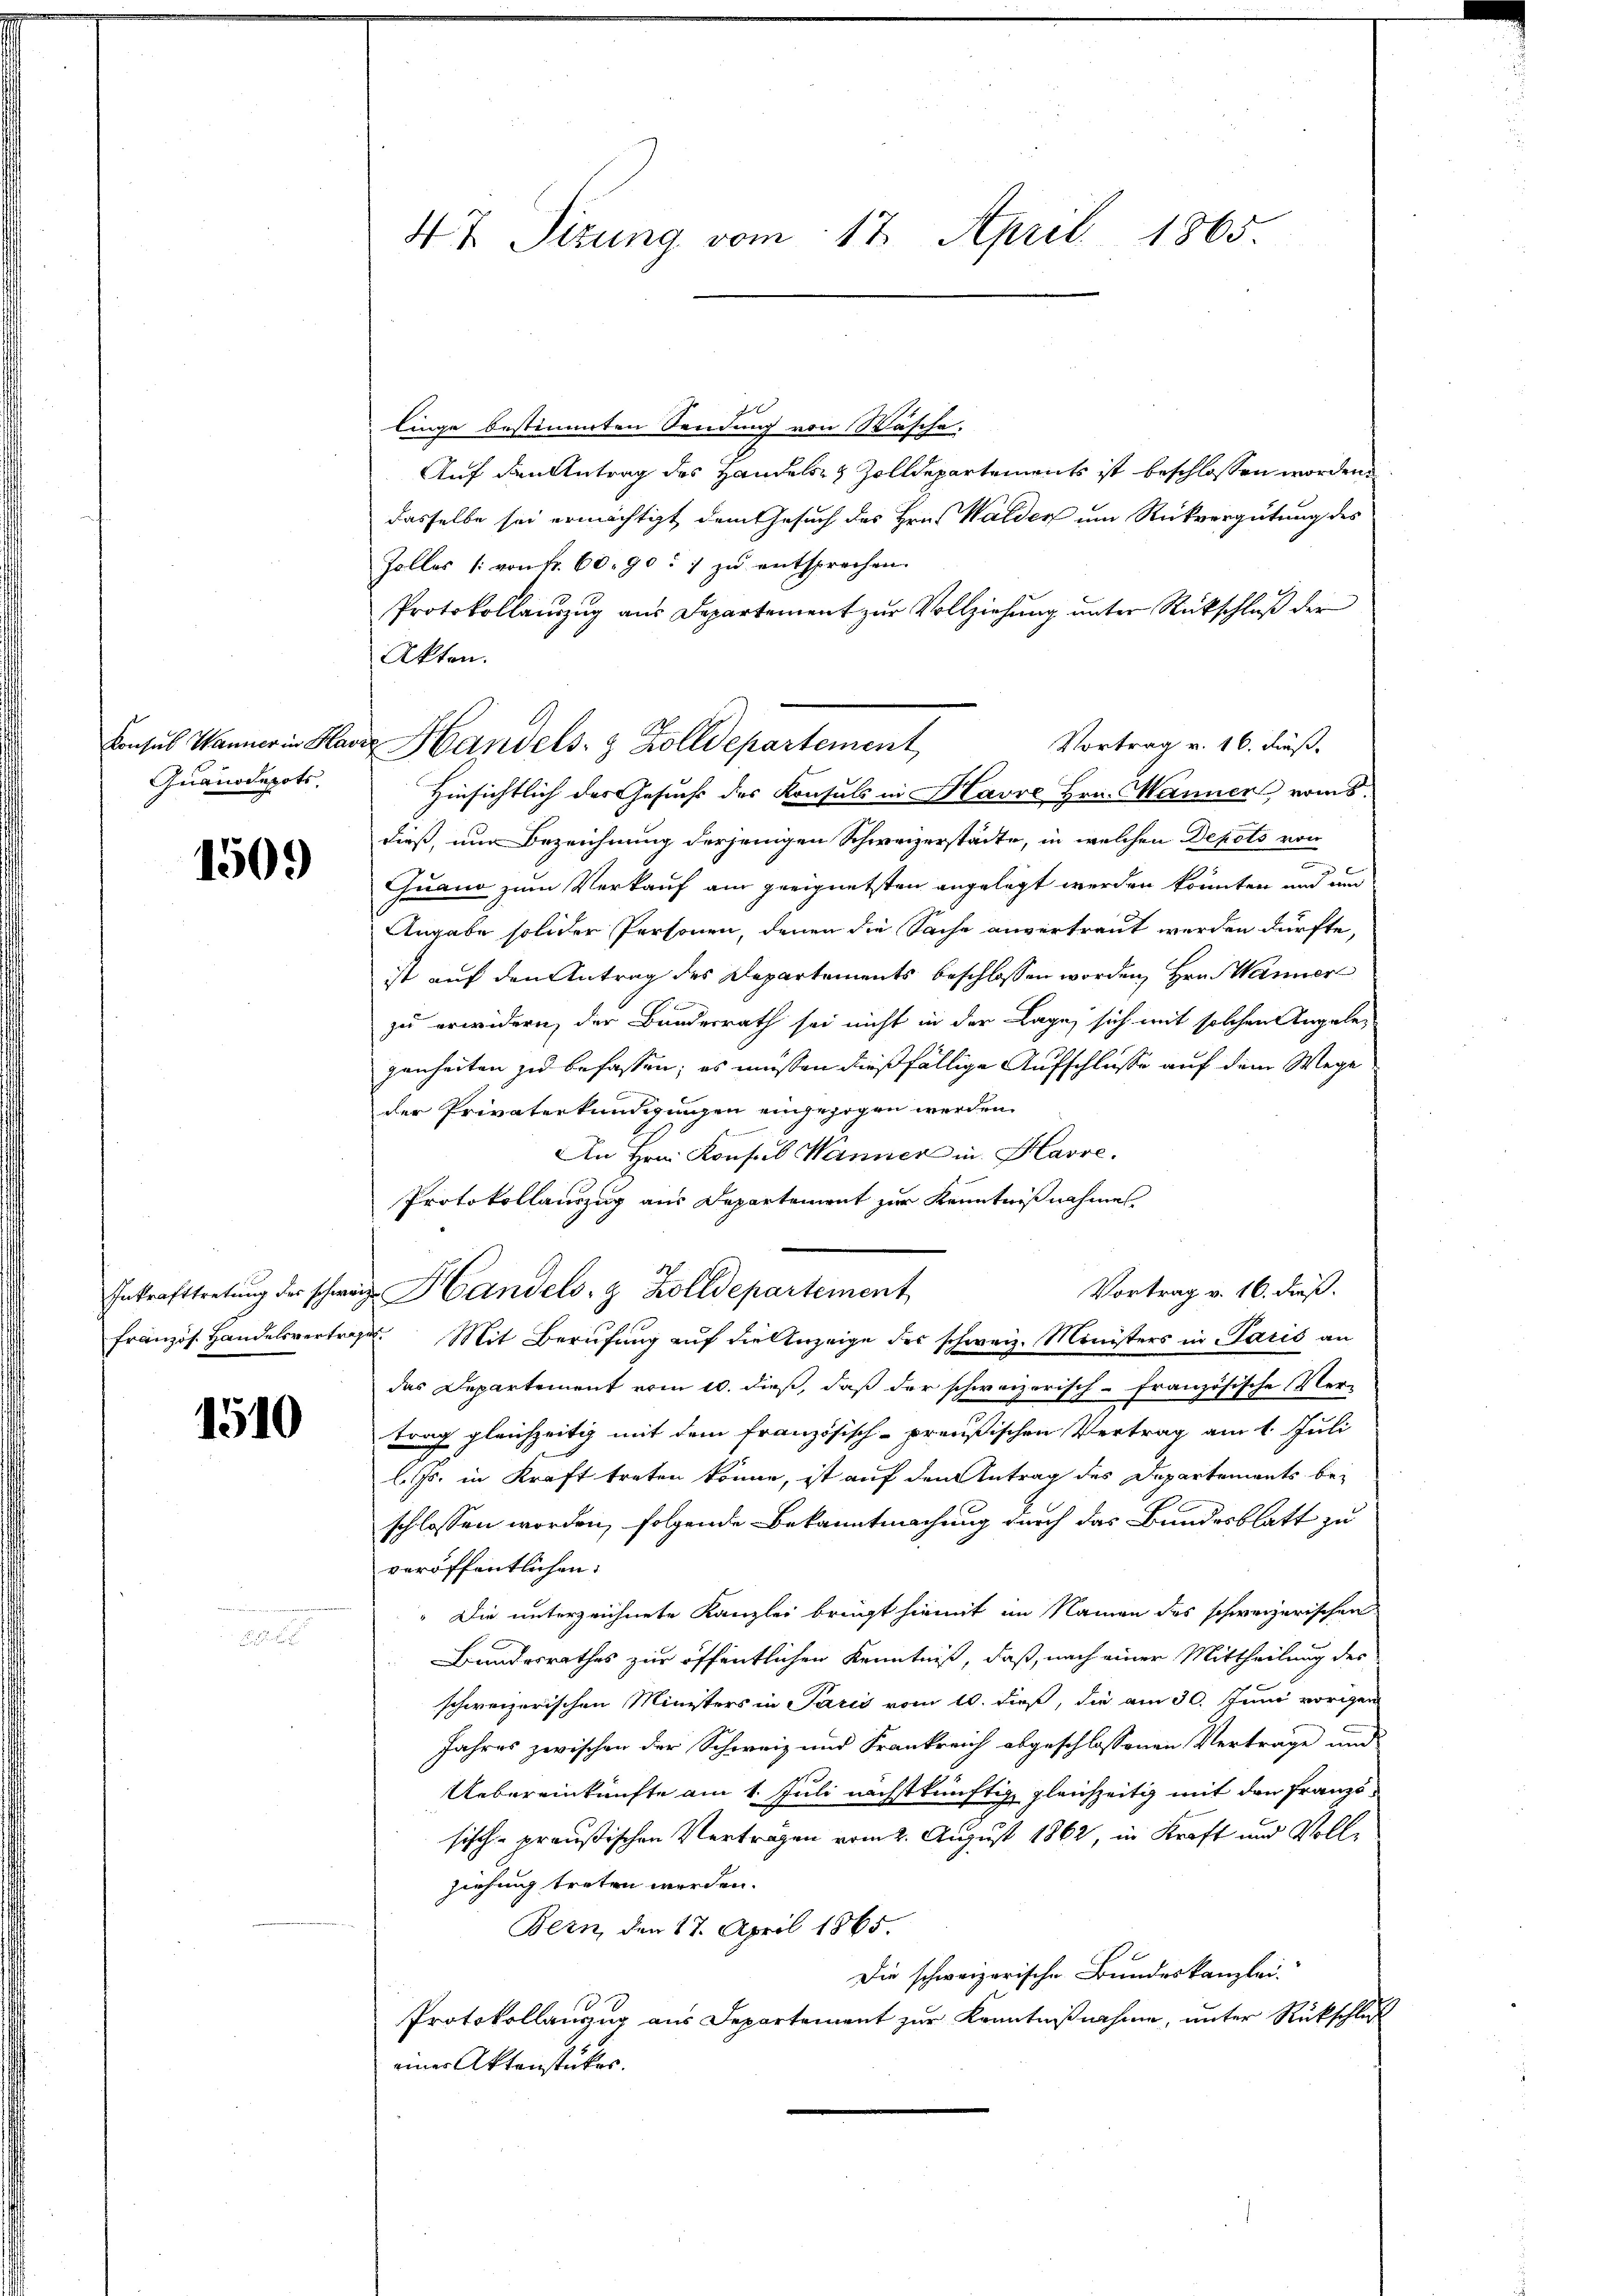
Quanodepots,

1509

1510

d
linge bestimmten Sendung von Wäsche.
Auf den Antrag des Handels- & Zolldepartements ist beschlossen worden.
dasselbe sei ermächtigt, dem Gesuch des Hrn. Walder um Rückvergütung des
Zolles /: von Fr. 60. 90. 1 zu entsprechen.
Protokollauszug aus Departement zur Vollziehung unter Rückschluß der
Akten.
Vortrag v. 16. Fuß.
Hinsichtlich des Gesuchs des Konsuls in Havre Hrn. Manner vom 5.
dieß, nur Bezeichnung derjenigen Schweizerstädte, in welchen Depots von
.
Quand zum Verkauf am geeignetsten angelegt werden könnten und und
Angabe solider Personen, denen die Sache anvertraut werden dürfte,
ist auf den Antrag des Departements beschlossen worden, Hrn. Wanner
zu erwidern, der Bundesrath sei nicht in der Lage, sich mit solchen Angelegenheiten zu befassen; es müssen dießfällige Aufschlüsse auf dem Wege
der Privaterkundigungen eingezogen werden.
An Hrn. Konsul Wanner in Havre.
Protokollauszug aus Departement zur Kenntnißnahme
Vortrag v. 16. dieß.
Inkrafttretŭng der schweiz. Handels- & Zolldepartement
französ. Handelsvertrag. Mit Berufung aŭf die Anzeige des schweiz. Ministers in Paris an
das Departement vom 10. dieß, daß der schweizerisch-Französische Ver-
trag gleichzeitig mit dem französisch-preußischen Vertrag am 1. Juli
l. Js. in Kraft treten könne, ist auf den Antrag des Departements be-
schlossen worden, folgende Bekanntmachung durch das Bundesblatt zu
veröffentlichen
Die unterzeichnete Kanzlei bringt hiemit im Namen des schweizerischen
Bundesrathes zur öffentlichen Kenntniß, daß, nach einer Mittheilung des
schweizerischen Ministers in Paris vom 10. dieß, die am 30. Juni vorigen
Jahres zwischen der Schweiz und Frankreich abgeschlossenen Verträge und
Uebereinkünfte am 1. Juli nächstkünftig gleichzeitig mit den Franzs
sisch-preußischen Verträgen vom 2. August 1862, in Kraft und Vollziehung treten werden.
Bern, den 17. April 1865.
Die schweizerische Bundeskanzlei
Protokollanzug aus Departement zur Kenntnißnahme, unter Rückschluß
einer Aktenstücker.

47. Sizung vom 17. April 1865.

Konsul Hanner in Havre Handels- & Zolldepartement